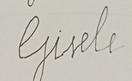
Signature authenticity: forged